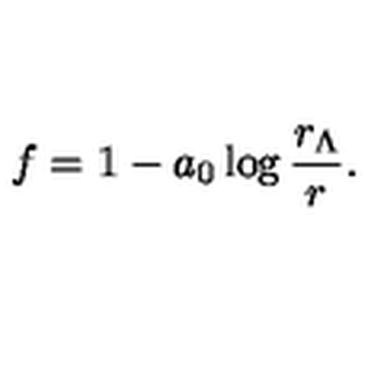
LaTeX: f = 1 - a _ { 0 } \log \frac { r _ { \Lambda } } { r } .